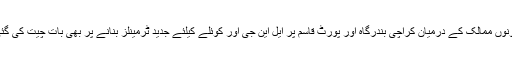
دونوں ممالک کے درمیان کراچی بندرگاہ اور پورٹ قاسم پر ایل این جی اور کوئلے کیلئے جدید ٹرمینلز بنانے پر بھی بات چیت کی گئی۔